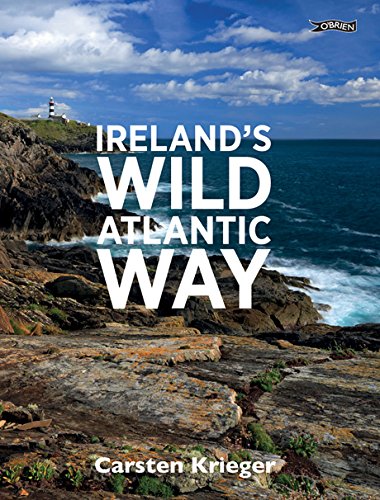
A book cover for Ireland's Wild Atlantic Way; Carsten Krieger; Travel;